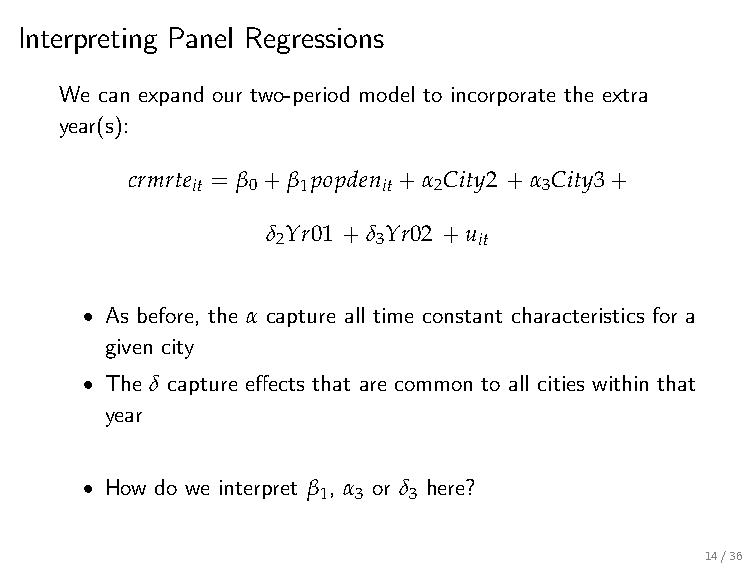
Interpreting Panel Regressions
 We can expand our two-period model to incorporate the extra
 year(s):
 crmrte = β +β popden +α City2 +α City3+
 it  0  1    it  2      3
 δ Yr01 +δ Yr02 +u
 2      3      it
 • As before, the α capture all time constant characteristics for a
 given city
 • The δ capture effects that are common to all cities within that
 year
 • How do we interpret β , α or δ here?
 1  3  3
 14/36